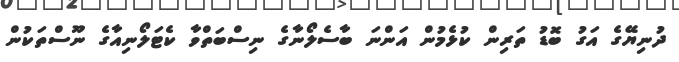
ދުނިޔޭގެ އަގު ބޮޑު ތަރިން ކުޅެމުން އަންނަ ބާސެލޯނާގެ ނިސްބަތްވާ ކެޓަލޯނިއާގެ ނޫސްތަކުން